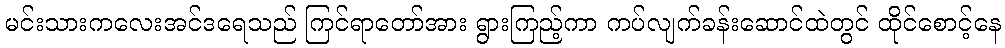
မင်းသားကလေးအင်ဒရေသည် ကြင်ရာတော်အား ရွားကြည့်ကာ ကပ်လျက်ခန်းဆောင်ထဲတွင် ထိုင်စောင့်နေ